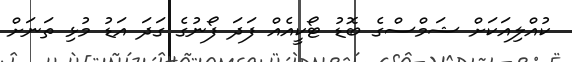
ކުއްލިއަކަށް ޝަމްސްގެ ބޮޑު ޓޯކީއެއް ފަދަ ފޯނުގެ ގަދަ އަޑު މުޅި ތަނަށް